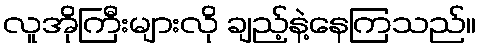
လူအိုကြီးများလို ချည့်နဲ့နေကြသည်။